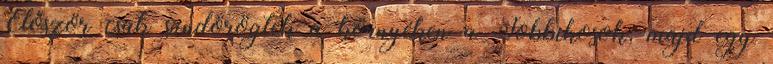
Először csak sündörögtek a környéken a Jobbikosok, majd egy